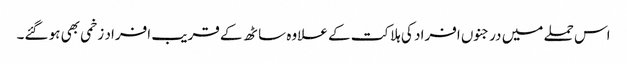
اس حملے میں درجنوں افراد کی ہلاکت کے علاوہ ساٹھ کے قریب افراد زخمی بھی ہو گئے۔